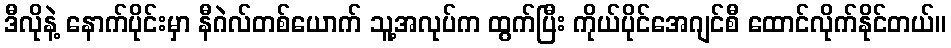
ဒီလိုနဲ့ နောက်ပိုင်းမှာ နီဂဲလ်တစ်ယောက် သူ့အလုပ်က ထွက်ပြီး ကိုယ်ပိုင်အေဂျင်စီ ထောင်လိုက်နိုင်တယ်။